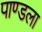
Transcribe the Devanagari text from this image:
पाण्डला